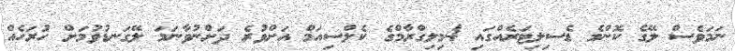
ނަމަވެސް ލޭގެ ކޮންމެ ޑެސިލިޓަރެއްގައި 4މިލިގްރާމްގެ ކެލްސިއަމް އަށްވުރެ ދަށްނުވާނަމަ ލޭގަނޑުވުމަށް ހުރަހެއް